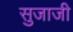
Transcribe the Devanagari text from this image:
सुजाजी